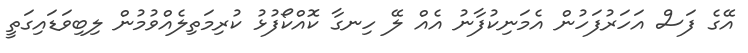
އޭގެ ފަސް އަހަރުފަހުން އެމަނިކުފާނު އެއް ލޭ ހިނގާ ކޮއްކޯފުޅު ކުރިމަތިލެއްވުމުން ލިބިވަޑައިގަތީ